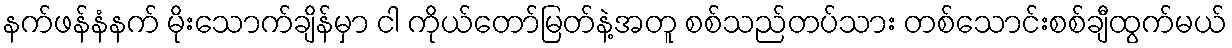
နက်ဖန်နံနက် မိုးသောက်ချိန်မှာ ငါ ကိုယ်တော်မြတ်နဲ့အတူ စစ်သည်တပ်သား တစ်သောင်းစစ်ချီထွက်မယ်